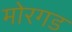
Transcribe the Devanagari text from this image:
मोरगड